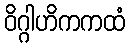
ဝိဂ္ဂါဟိကကထံ